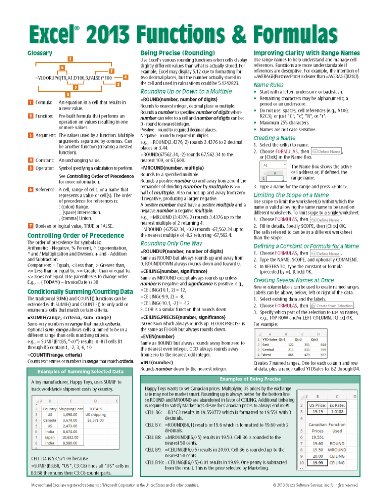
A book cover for Microsoft Excel 2013 Functions & Formulas Quick Reference Card (4-page Cheat Sheet focusing on examples and context for intermediate-to-advanced functions and formulas- Laminated Guide); Beezix Inc.; Computers & Technology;